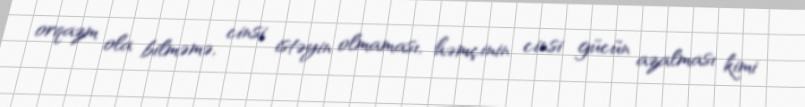
orqazm ola bilməmə, cinsi istəyin olmaması, həmçinin cinsi gücün azalması kimi